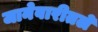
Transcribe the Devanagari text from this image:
जानेवारीतले